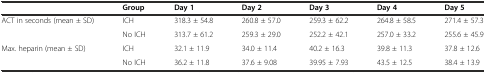
<table><thead><tr><td></td><td><b>Group</b></td><td><b>Day 1</b></td><td><b>Day 2</b></td><td><b>Day 3</b></td><td><b>Day 4</b></td><td><b>Day 5</b></td></tr></thead><tbody><tr><td rowspan="2">ACT in seconds (mean ± SD)</td><td>ICH</td><td>318.3 ± 54.8</td><td>260.8 ± 57.0</td><td>259.3 ± 62.2</td><td>264.8 ± 58.5</td><td>271.4 ± 57.3</td></tr><tr><td>No ICH</td><td>313.7 ± 61.2</td><td>259.3 ± 29.0</td><td>252.2 ± 42.1</td><td>257.0 ± 33.2</td><td>255.6 ± 45.9</td></tr><tr><td rowspan="2">Max. heparin (mean ± SD)</td><td>ICH</td><td>32.1 ± 11.9</td><td>34.0 ± 11.4</td><td>40.2 ± 16.3</td><td>39.8 ± 11.3</td><td>37.8 ± 12.6</td></tr><tr><td>No ICH</td><td>36.2 ± 11.8</td><td>37.6 ± 9.08</td><td>39.95 ± 7.93</td><td>43.5 ± 12.5</td><td>38.4 ± 13.9</td></tr></tbody></table>